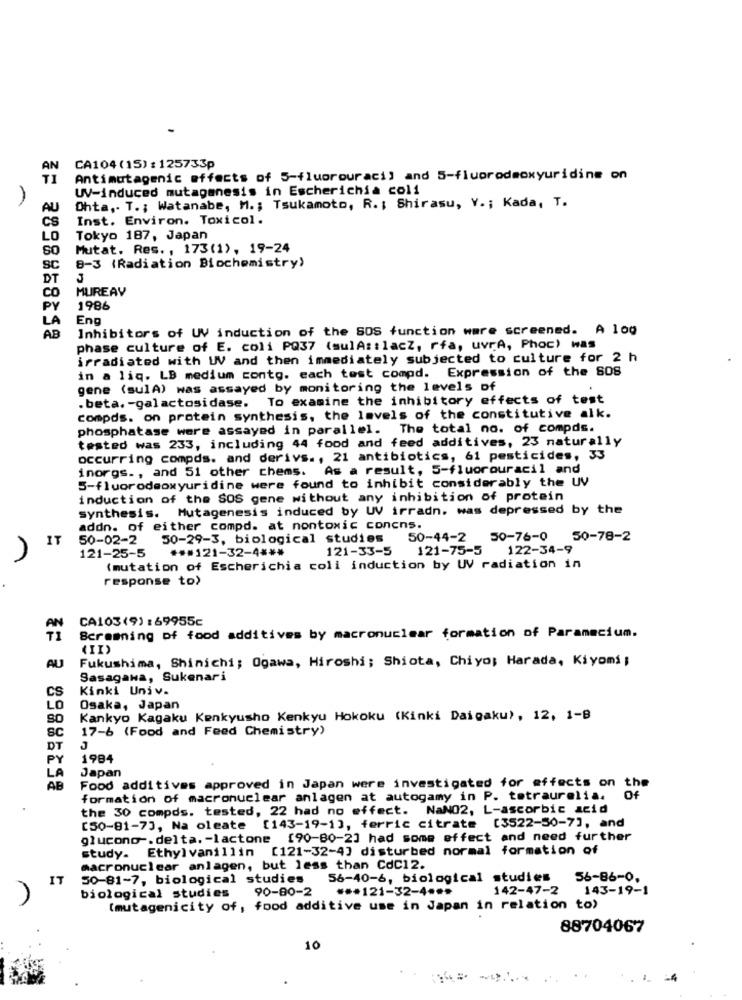
AN
CA104 (15) : 125733p
TI
Antimutagenic effects of 5-fluorouracil and 5-fluorodmoxyuriding on
WV-induced mutagenesis in Escherichia coli
A
AU
Ohta ,. T .; Watanabe, M .; Tsukamoto, R. ; Shirasu, Y .; Kada, T.
CS
Inst. Environ. Toxicol .
LO
Tokyo 187, Japan
SO
Mutat. Res. , 173(1), 19-24
SC
8-3 (Radiation Biochemistry)
DT
CO
MUREAV
PY
1986
LA
Eng
Inhibitors of UV induction of the SOS function ware screened. A 1og
AB
phase culture of E. coli PQ37 (sulAstlacz, rfa, uvrA, Phoc) was
irradiated with WV and then immediately subjected to culture for 2 h
in a liq. LB medium contg. each test compd. Expression of the SOS
gene (sulA) was assayed by monitoring the levels of
.beta. - gal actosidase. To examine the inhibitory effects of test
compds. on protein synthesis, the levels of the constitutive alk.
phosphatase were assayed in parallel. The total no. of compds.
tested was 233, including 44 food and feed additives, 23 naturally
occurring compds. and derivs ., 21 antibiotics, 61 pesticides, 33
inorgs ., and 51 other chems. As a result, 5-fluorouracil and
5-fluorodeoxyuridine were found to inhibit considerably the UV
induction of the SOS gene without any inhibition of protein
synthesis. Mutagenesis induced by UV irradn. was depressed by the
addn. of either compd. at nontoxic concns.
50-02-2
50-29-3, biological studies
50-44-2 50-76-0 50-78-2
IT
*** 121-32-4 ***
121-33-5
121-75-5
122-34-9
121-25-5
(mutation of Escherichia coli induction by UV radiation in
response to>
CA103(9) :69955c
AN
Scramning of food additives by macronuclear formation of Paramecium.
Fukushima, Shinichi; Ogawa, Hiroshi; Shiota, Chiyo; Harada, Kiyomi ;
AU
Sasagana, Sukenari
CS
Kinki Univ.
LO
Osaka, Japan
Kankyo Kagaku Kenkyusho Kenkyu Hokoku (Kinki Daigaku), 12, 1-B
17-6 (Food and Feed Chemistry)
SC
DT
J
PY
1984
LA
Japan
AB
Food additives approved in Japan were investigated for effects on the
formation of macronuclear anlagen at autogamy in P. totraurelia.
Of
the 30 compds. tested, 22 had no effect. NaNO2, L-ascorbic acid
[50-81-7], Na oleate [143-19-1], ferric citrate [3522-50-7], and
glucono -. delta. - lactone [90-80-2] had some effect and need further
study. Ethyl vanillin [121-32-4] disturbed normal formation of
macronuclear anlagen, but less than CdC12.
IT
50-81-7, biological studies
56-40-6, biological studies
56-86-0,
90-80-2
*** 121-32-4 ***
142-47-2
143-19-1
biological studies
(mutagenicity of, food additive use in Japan in relation to)
88704067
10
-4